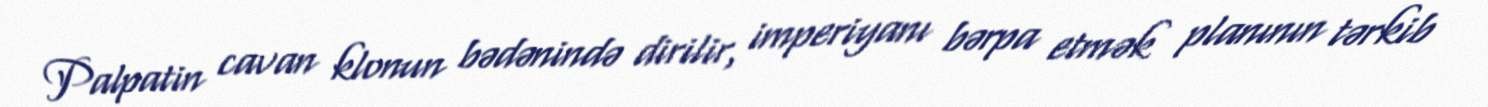
Palpatin cavan klonun bədənində dirilir, imperiyanı bərpa etmək planının tərkib